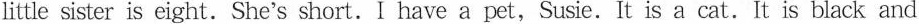
little sister is eight.She's short.I have a pet,Susie.It is a cat.It is black and